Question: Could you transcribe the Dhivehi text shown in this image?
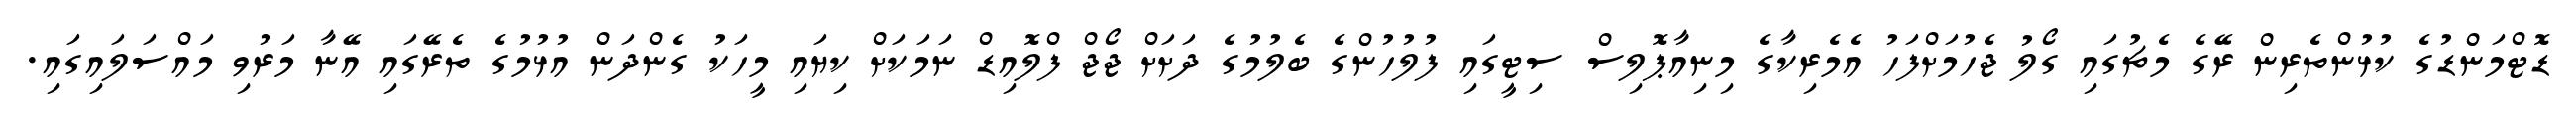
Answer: ޑޮޓްމަންޑުގެ ކުޅުންތެރިން ރޭގެ މެޗުގައި ގޯލު ޖެހުމަށްފަހު އެމެރިކާގެ މިނިއާޕޮލިސް ސިޓީގައި ފުލުހުންގެ ބެލުމުގެ ދަށަށް ޖޯޖް ފްލޮއިޑް ނަމަކަށް ކިޔައި މީހަކު ގެންދަން އުޅުމުގެ ތެރޭގައި އޭނާ މަރުވި މައްސަލައިގައި.